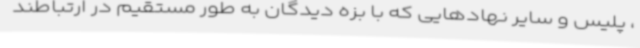
، پلیس و سایر نهادهایی که با بزه دیدگان به طور مستقیم در ارتباطند